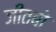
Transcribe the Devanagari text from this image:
जीतबो